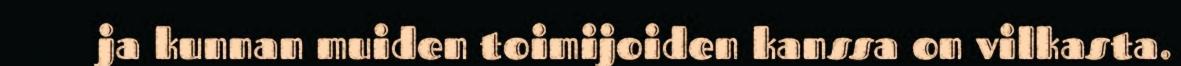
ja kunnan muiden toimijoiden kanssa on vilkasta.